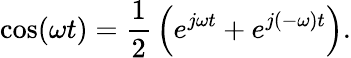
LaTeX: \cos(\omega t)={\frac{1}{2}}\left(e^{j\omega t}+e^{j(-\omega)t}\right).